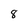
Character: 8